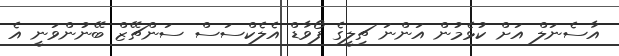
އާސެނަލް އަށް ކުޅެމުން އަންނަ ޗިލީގެ ފޯވާޑް އެލެކްސަސް ސަންޗޭޒް ބޭނުންވަނީ އެ